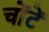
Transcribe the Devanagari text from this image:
चोंटें